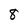
Character: 8